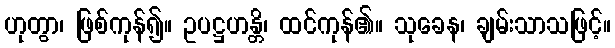
ဟုတွာ၊ ဖြစ်ကုန်၍။ ဥပဋ္ဌဟန္တိ၊ ထင်ကုန်၏။ သုခေန၊ ချမ်းသာသဖြင့်။